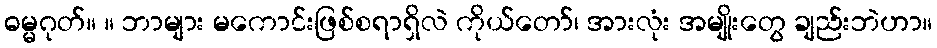
ဓမ္မဂုတ်။ ။ ဘာများ မကောင်းဖြစ်စရာရှိလဲ ကိုယ်တော်၊ အားလုံး အမျိုးတွေ ချည်းဘဲဟာ။